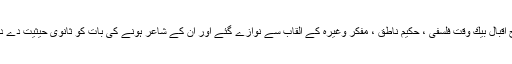
اس طرح اقبال بیك وقت فلسفی ، حكیمِ ناطق ، مفكر وغیرہ كے القاب سے نوازے گئے اور ان كے شاعر ہونے كی بات كو ثانوی حیثیت دے دی گئی ۔